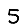
Digit: 5